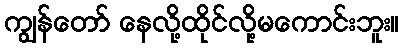
ကျွန်တော် နေလို့ထိုင်လို့မကောင်းဘူး။